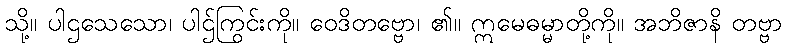
သို့။ ပါဌသေသော၊ ပါဌ်ကြွင်းကို။ ဝေဒိတဗ္ဗော၊ ၏။ ဣမေဓမ္မာတို့ကို။ အဘိဇာနိ တဗ္ဗာ